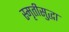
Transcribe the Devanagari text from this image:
स्मृतीसुद्धा